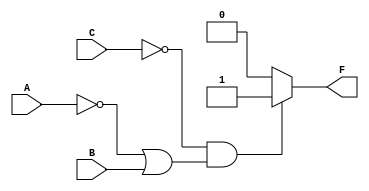
module dataflow_gate_0 (
    output wire F,
    input wire A, B, C
);

    assign F = (!C && (!A || B) ) ? 1'b1 : 1'b0;

endmodule

module tb_dataflow_gate_0 ();

reg a, b, c;
wire f;

dataflow_gate_0 gate_1(.F(f), .A(a), .B(b), .C(c));

initial
    begin
        $dumpfile("dataflow_gate_0.vcd");
        $dumpvars(0, tb_dataflow_gate_0);
        a = 1'b0;
        b = 1'b0;
        c = 1'b0;
        #1
        a = 1'b0;
        b = 1'b0;
        c = 1'b1;
        #1
        a = 1'b0;
        b = 1'b1;
        c = 1'b0;
        #1
        a = 1'b0;
        b = 1'b1;
        c = 1'b1;
        #1
        a = 1'b1;
        b = 1'b0;
        c = 1'b0;
        #1
        a = 1'b1;
        b = 1'b0;
        c = 1'b1;
        #1
        a = 1'b1;
        b = 1'b1;
        c = 1'b0;
        #1
        a = 1'b1;
        b = 1'b1;
        c = 1'b1;
        #10
        $finish;
    end

endmodule